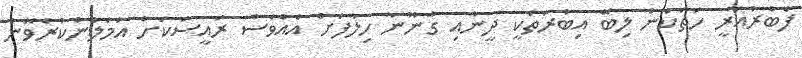
ފެބްރުއަރީ ހަތަކުން ލިބޭ އިބުރަތަކީ ދީނާއި ގާނޫނާ ހިލާފަށް އެއްވެސް ރައީސަކަށް އަމަލުނުކުރެވޭނެ